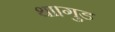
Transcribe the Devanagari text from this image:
था।गुड